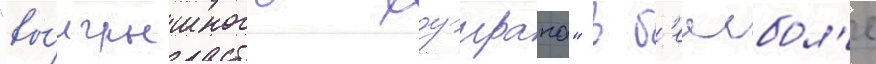
"вы́игрышного хоумрана" в б'еисбол'е